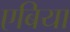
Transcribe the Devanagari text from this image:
एबिया